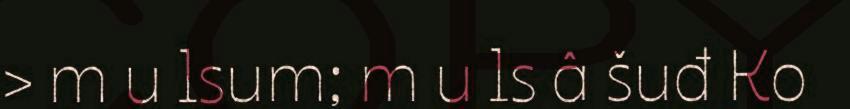
> m u lsum; m u ls â šuđ Ko